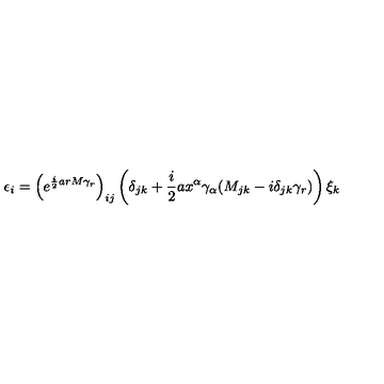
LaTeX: \epsilon _ { i } = \left( e ^ { \frac { i } { 2 } a r M \gamma _ { r } } \right) _ { i j } \left( \delta _ { j k } + \frac { i } { 2 } a x ^ { \alpha } \gamma _ { \alpha } ( M _ { j k } - i \delta _ { j k } \gamma _ { r } ) \right) \xi _ { k }